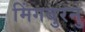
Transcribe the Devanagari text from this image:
मिंगबुरनु